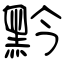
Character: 黔